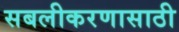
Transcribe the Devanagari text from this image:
सबलीकरणासाठी